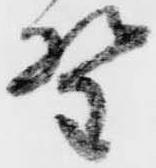
野